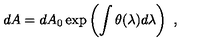
d A = d A _ { 0 } \exp \left( \int \theta ( \lambda ) d \lambda \right) \ ,